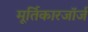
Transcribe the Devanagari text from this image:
मूर्तिकारजॉर्ज